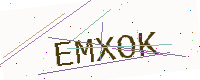
Text: EMXOK